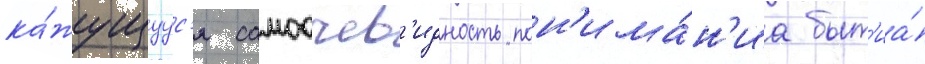
ка́жущуус'я самоочев'идность пон'има́н'иа быт'иа́